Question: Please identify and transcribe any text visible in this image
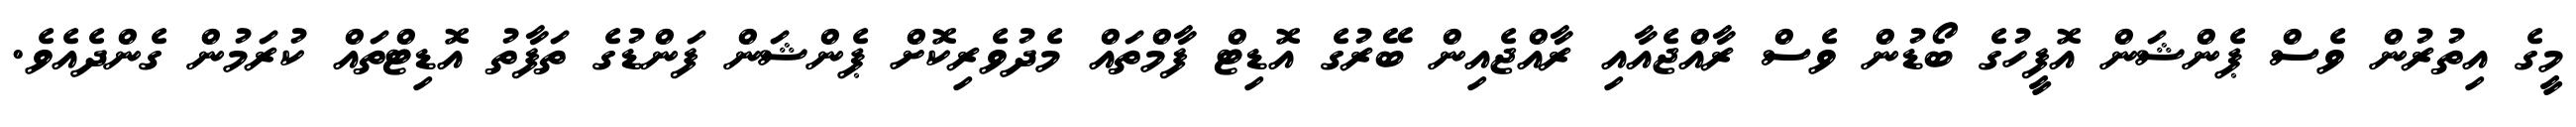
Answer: މީގެ އިތުރުން ވެސް ޕެންޝަން އޮފީހުގެ ބޯޑުން ވެސް ރާއްޖެއާއި ރާއްޖެއިން ބޭރުގެ އޮޑިޓް ފާމްތައް މެދުވެރިކޮށް ޕެންޝަން ފަންޑުގެ ތަފާތު އޮޑިޓްތައް ކުރަމުން ގެންދެއެވެ.